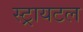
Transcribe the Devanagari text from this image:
स्ट्रायटल